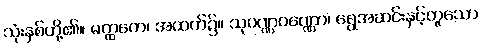
သုံးနှစ်တို့၏။ မတ္ထကေ၊ အထက်၌။ သုဝဏ္ဏဝဏ္ဏော၊ ရွှေအဆင်းနှင့်တူသော